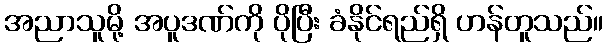
အညာသူမို့ အပူဒဏ်ကို ပိုပြီး ခံနိုင်ရည်ရှိ ဟန်တူသည်။